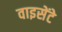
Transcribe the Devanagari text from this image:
वाइसेंटे